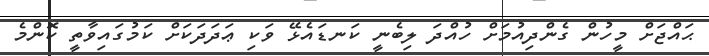
ޙައްޖަށް މީހުން ގެންދިއުމަށް ހުއްދަ ލިބެނީ ކަނޑައެޅޭ ވަކި ޢަދަދަކަށް ކަމުގައިވާތީ ކޮންމެ